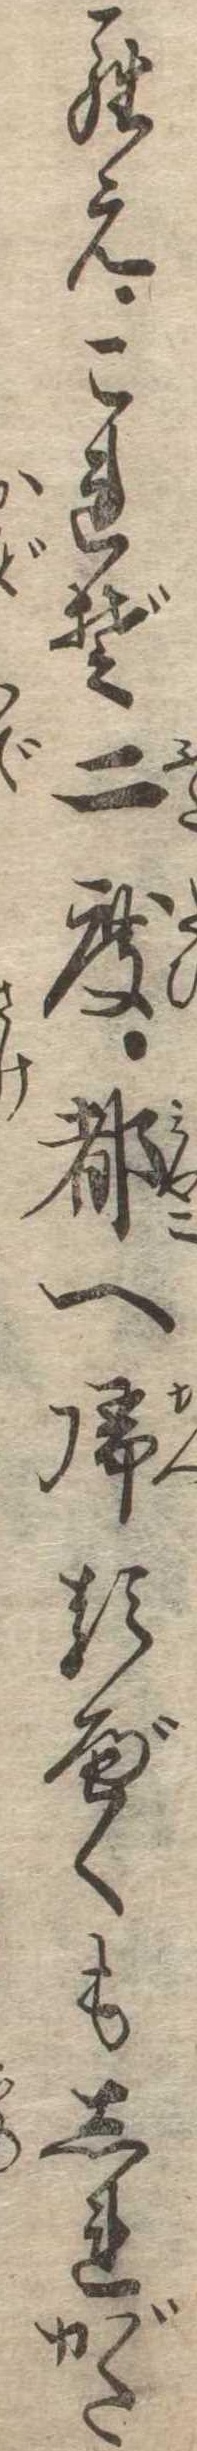
らえこれぞ二度都へ帰るべくもしれがた